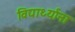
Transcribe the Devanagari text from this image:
विद्यार्थ्‍यांना